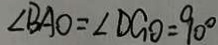
\angle B A O = \angle D G O = 9 0 ^ { \circ }